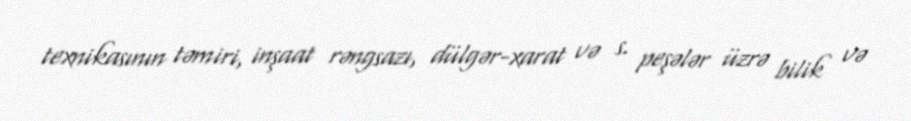
texnikasının təmiri, inşaat rəngsazı, dülgər-xarat və s. peşələr üzrə bilik və